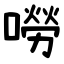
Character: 嘮